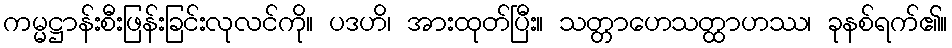
ကမ္မဋ္ဌာန်းစီးဖြန်းခြင်းလုလင်ကို။ ပဒဟိ၊ အားထုတ်ပြီး။ သတ္တာဟေသတ္ထာဟဿ၊ ခုနစ်ရက်၏။